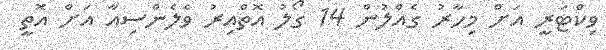
ވިކްޓަރީ އަށް މިހާރު ގެއްލުން 14 ގޯލު އޮތްއިރު ވެލެންސިއާ އަށް އޮތީ